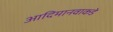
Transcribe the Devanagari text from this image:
आदिमानवाकडे